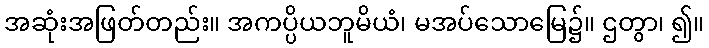
အဆုံးအဖြတ်တည်း။ အကပ္ပိယဘူမိယံ၊ မအပ်သောမြေ၌။ ဌတွာ၊ ၍။